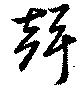
聲